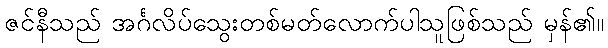
ဇင်နီသည် အင်္ဂလိပ်သွေးတစ်မတ်လောက်ပါသူဖြစ်သည် မှန်၏။